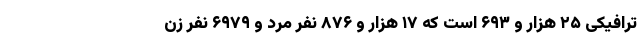
ترافیکی ۲۵ هزار و ۶۹۳ است که ۱۷ هزار و ۸۷۶ نفر مرد و ۶۹۷۹ نفر زن